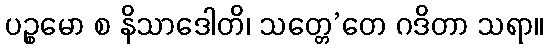
ပဉ္စမော စ နိသာဒေါတိ၊ သတ္တေ’တေ ဂဒိတာ သရာ။